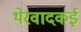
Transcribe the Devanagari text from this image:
थेरवादकई